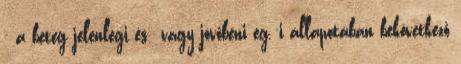
- a beteg jelenlegi és vagy jövőbeni eg.-i állapotában bekövetkező